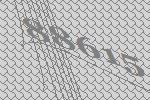
88615